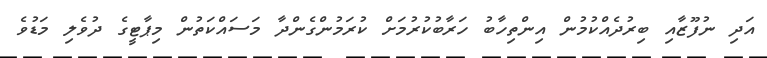
އަދި ނުފޫޒާއި ބިރުދެއްކުމުން އިންތިހާބު ހަރާބުކުރުމަށް ކުރަމުންގެންދާ މަސައްކަތުން މިޕާޓީގެ ދުވެލި މަޑުވެ